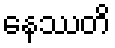
နေဿတိ